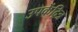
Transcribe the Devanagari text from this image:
उपकेंद्रित्र